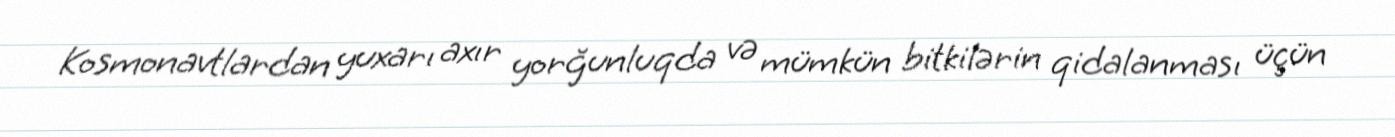
Kosmonavtlardan yuxarı axır yorğunluqda və mümkün bitkilərin qidalanması üçün